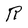
Character: R